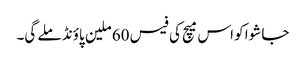
جا شوا کو اس میچ کی فیس 60 ملین پاؤنڈ ملے گی۔